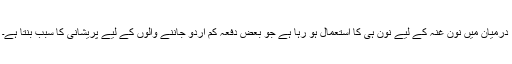
درمیان میں نون غنہ کے لیے نون ہی کا استعمال ہو رہا ہے جو بعض دفعہ کم اردو جاننے والوں کے لیے پریشانی کا سبب بنتا ہے۔